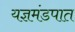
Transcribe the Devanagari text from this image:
यज्ञमंडपात